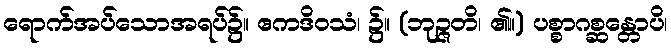
ရောက်အပ်သောအရပ်၌။ ဧကဒိဝသံ၊ ၌။ (ဘုဉ္ဇတိ၊ ၏။) ပစ္စာဂစ္ဆန္တောပိ၊